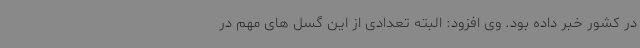
در کشور خبر داده بود. وی افزود: البته تعدادی از این گسل های مهم در